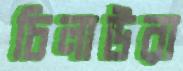
চিলাউরা